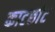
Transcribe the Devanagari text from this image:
काटछांट